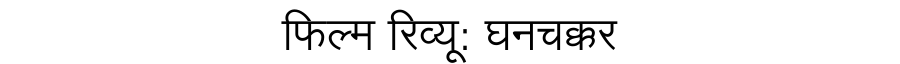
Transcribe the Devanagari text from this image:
फिल्म रिव्यू: घनचक्कर